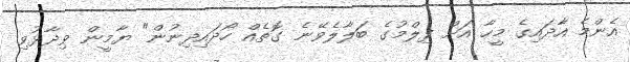
އެންމެ އާދައިގެ މީހާ އަށް ފިލްމުގެ ބަލާލެވޭނެ ގޮތެއް ހޯދައިދިނުން" ޔާމީން ވިދާޅުވި